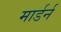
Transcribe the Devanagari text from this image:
मार्डर्न